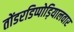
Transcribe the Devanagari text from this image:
तोंडरडिप्पोड़ियालवार